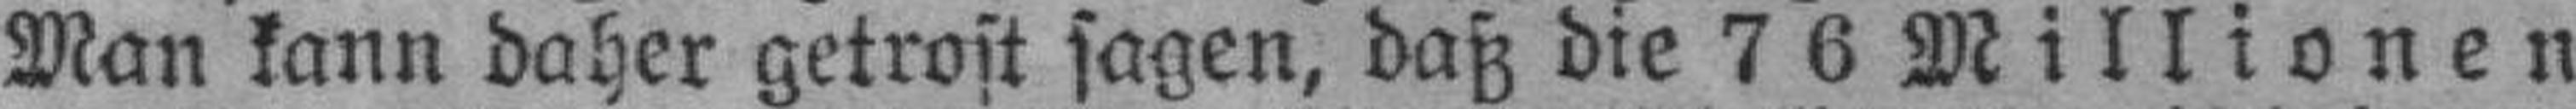
Man kann daher getrost sagen, daß die 76 Millionen